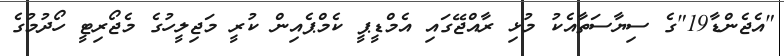
"އެޖެންޑާ19"ގެ ސިޔާސަތާއެކު މުޅި ރާއްޖޭގައި އެމްޑީޕީ ކެމްޕެއިން ކުރީ މަޖިލީހުގެ މެޖޯރިޓީ ހޯދުމުގެ